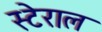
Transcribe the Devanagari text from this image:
स्टेराल